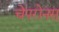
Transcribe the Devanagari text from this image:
चेपरोनस्